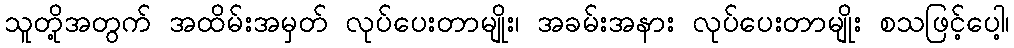
သူတို့အတွက် အထိမ်းအမှတ် လုပ်ပေးတာမျိုး၊ အခမ်းအနား လုပ်ပေးတာမျိုး စသဖြင့်ပေါ့၊